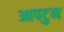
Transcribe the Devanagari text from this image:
आपटुन